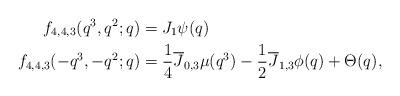
LaTeX: \begin{align*} f_{4,4,3}(q^3,q^2;q) &=J_{1}\psi(q)\\ f_{4,4,3}(-q^3,-q^2;q) &=\frac{1}{4}\overline{J}_{0,3}\mu(q^3) -\frac{1}{2}\overline{J}_{1,3}\phi(q)+\Theta(q), \end{align*}